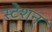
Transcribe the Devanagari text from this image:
स्टेशन्